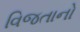
વિજતાનો